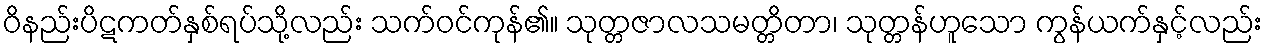
ဝိနည်းပိဋကတ်နှစ်ရပ်သို့လည်း သက်ဝင်ကုန်၏။ သုတ္တဇာလသမတ္တိတာ၊ သုတ္တန်ဟူသော ကွန်ယက်နှင့်လည်း